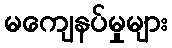
မကျေနပ်မှုများ